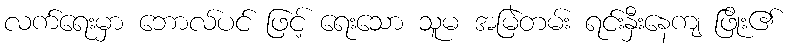
လက်ရေးမှာ ဘောလ်ပင် ဖြင့် ရေးသော သူမ အမြဲတမ်း ရင်းနှီးနေကျ ဖြိုး၏